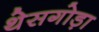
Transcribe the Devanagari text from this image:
थेसगोड़ा